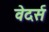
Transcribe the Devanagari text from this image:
वेदर्स